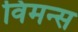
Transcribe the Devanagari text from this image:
विमन्स